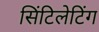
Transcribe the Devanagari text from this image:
सिंटिलेटिंग